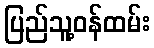
ပြည်သူ့ဝန်ထမ်း